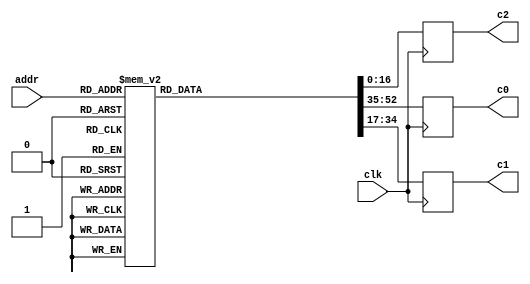
//------------------------------------------------------------------------------
//
// gng_coef.v
//
// This file is part of the Gaussian Noise Generator IP Core
//
// Description
//     Coefficients ROM table for polynomial interpolation.
//
//------------------------------------------------------------------------------
//
// Copyright (C) 2014, Guangxi Liu <guangxi.liu@opencores.org>
//
// This source file may be used and distributed without restriction provided
// that this copyright statement is not removed from the file and that any
// derivative work contains the original copyright notice and the associated
// disclaimer.
//
// This source file is free software; you can redistribute it and/or modify it
// under the terms of the GNU Lesser General Public License as published by
// the Free Software Foundation; either version 2.1 of the License,
// or (at your option) any later version.
//
// This source is distributed in the hope that it will be useful, but
// WITHOUT ANY WARRANTY; without even the implied warranty of MERCHANTABILITY
// or FITNESS FOR A PARTICULAR PURPOSE. See the GNU Lesser General Public
// License for more details.
//
// You should have received a copy of the GNU Lesser General Public License
// along with this source; if not, download it from
// http://www.opencores.org/lgpl.shtml
//
//------------------------------------------------------------------------------


`timescale 1 ns / 1 ps


module gng_coef (
    // System signals
    input clk,                    // system clock

    // Data interface
    input [7:0] addr,             // read address
    output reg [17:0] c0,         // coefficient c0, u<18,14>
    output reg [17:0] c1,         // coefficient c1, s<18,19>
    output reg [16:0] c2          // coefficient c2, u<17,23>
);

// Local variables
reg [52:0] d;    // {c0, c1, c2}


// Table
always @ (*) begin
    case (addr)
        8'd0  : d = 53'b000010101100101001_100110111110001110_10100011110000000;
        8'd1  : d = 53'b000001111101000111_101001011111011001_01011111011110011;
        8'd2  : d = 53'b000001010001100100_101010111101101110_00110010101000000;
        8'd3  : d = 53'b000000101000010001_101011101111111001_00001111111010011;
        8'd4  : d = 53'b000100100110011110_101100101100100010_10101101110011100;
        8'd5  : d = 53'b000100000010100011_101111010111110111_01110101000001100;
        8'd6  : d = 53'b000011100011000111_110001001011101011_01010011011010011;
        8'd7  : d = 53'b000011000110110001_110010011110011100_00111101101011001;
        8'd8  : d = 53'b000110001000101110_101111110110101010_10100011001000110;
        8'd9  : d = 53'b000101101010111101_110010010111100001_01101111010111011;
        8'd10 : d = 53'b000101010001011010_110100000101110001_01010000111111000;
        8'd11 : d = 53'b000100111010110110_110101010110001001_00111101100100011;
        8'd12 : d = 53'b000111011100110110_110001111001100101_10010111001100011;
        8'd13 : d = 53'b000111000010111111_110100001110101001_01100111010010101;
        8'd14 : d = 53'b000110101101000010_110101110100111010_01001011010000101;
        8'd15 : d = 53'b000110011001110111_110110111111100110_00111001011001010;
        8'd16 : d = 53'b001000100111011000_110011010110100101_10001100100110110;
        8'd17 : d = 53'b001000010000010000_110101100001001100_01011111111010010;
        8'd18 : d = 53'b000111111100110010_110111000000001000_01000101110011111;
        8'd19 : d = 53'b000111101011110111_111000000101011011_00110101001101001;
        8'd20 : d = 53'b001001101010111000_110100011100101111_10000011100100011;
        8'd21 : d = 53'b001001010101110100_110110011110011100_01011001100101001;
        8'd22 : d = 53'b001001000100001010_110111110111000110_01000001000110100;
        8'd23 : d = 53'b001000110100111000_111000110111101101_00110001100011100;
        8'd24 : d = 53'b001010101000111110_110101010011111110_01111011110111110;
        8'd25 : d = 53'b001010010101100000_110111001110000100_01010100001100011;
        8'd26 : d = 53'b001010000101010000_111000100001011001_00111101000110010;
        8'd27 : d = 53'b001001110111001111_111001011110000001_00101110011100100;
        8'd28 : d = 53'b001011100010101101_110110000000110101_01110101010001000;
        8'd29 : d = 53'b001011010000100011_110111110100011001_01001111100101010;
        8'd30 : d = 53'b001011000001011011_111001000011001010_00111001101011010;
        8'd31 : d = 53'b001010110100011010_111001111100011001_00101011110010110;
        8'd32 : d = 53'b001100011000111001_110110100110001001_01101111100010101;
        8'd33 : d = 53'b001100000111110011_111000010100000101_01001011100110010;
        8'd34 : d = 53'b001011111001100110_111001011110111001_00110110101110100;
        8'd35 : d = 53'b001011101101011011_111010010101001100_00101001100000110;
        8'd36 : d = 53'b001101001100000100_110111000101110100_01101010100010001;
        8'd37 : d = 53'b001100111011111001_111000101110110010_01001000000111110;
        8'd38 : d = 53'b001100101110011110_111001110110001010_00110100001010001;
        8'd39 : d = 53'b001100100010111110_111010101001111011_00100111100001111;
        8'd40 : d = 53'b001101111100101100_110111100001000101_01100110000110111;
        8'd41 : d = 53'b001101101101010011_111001000101101101_01000101000011110;
        8'd42 : d = 53'b001101100000100011_111010001010000011_00110001111001101;
        8'd43 : d = 53'b001101010101101000_111010111011100011_00100101110010101;
        8'd44 : d = 53'b001110101011000101_110111111000111001_01100010001010110;
        8'd45 : d = 53'b001110011100011000_111001011001101000_01000010010101101;
        8'd46 : d = 53'b001110010000001101_111010011011010001_00101111111001101;
        8'd47 : d = 53'b001110000101110011_111011001010110011_00100100010000001;
        8'd48 : d = 53'b001111010111100001_111000001101111010_01011110101000100;
        8'd49 : d = 53'b001111001001011011_111001101011001001_00111111111001110;
        8'd50 : d = 53'b001110111101110000_111010101010011000_00101110000111001;
        8'd51 : d = 53'b001110110011110011_111011011000001000_00100010111000010;
        8'd52 : d = 53'b010000000010001111_111000100000100111_01011011011100010;
        8'd53 : d = 53'b001111110100101011_111001111010101101_00111101101101001;
        8'd54 : d = 53'b001111101001011101_111010110111110001_00101100100000001;
        8'd55 : d = 53'b001111011111111001_111011100011111010_00100001101001010;
        8'd56 : d = 53'b010000101011011010_111000110001011010_01011000100010101;
        8'd57 : d = 53'b010000011110010100_111010001000101001_00111011101101101;
        8'd58 : d = 53'b010000010011100000_111011000011101110_00101011000010110;
        8'd59 : d = 53'b010000001010010010_111011101110011011_00100000100001110;
        8'd60 : d = 53'b010001010011001011_111001000000100110_01010101111001000;
        8'd61 : d = 53'b010001000110100001_111010010101001110_00111001111001011;
        8'd62 : d = 53'b010000111100000101_111011001110100000_00101001101101110;
        8'd63 : d = 53'b010000110011001011_111011110111111001_00011111100000110;
        8'd64 : d = 53'b010001111001101011_111001001110011010_01010011011101011;
        8'd65 : d = 53'b010001101101011010_111010100000101000_00111000001110110;
        8'd66 : d = 53'b010001100011010011_111011011000010001_00101000011111111;
        8'd67 : d = 53'b010001011010101100_111100000000011100_00011110100101010;
        8'd68 : d = 53'b010010011111000010_111001011011000010_01010001001101111;
        8'd69 : d = 53'b010010010011001000_111010101011000011_00110110101100101;
        8'd70 : d = 53'b010010001001010100_111011100001001011_00100111011000011;
        8'd71 : d = 53'b010010000000111110_111100001000001111_00011101101110101;
        8'd72 : d = 53'b010011000011010100_111001100110101010_01001111001001001;
        8'd73 : d = 53'b010010110111110000_111010110100101000_00110101010001111;
        8'd74 : d = 53'b010010101110001110_111011101001010101_00100110010110010;
        8'd75 : d = 53'b010010100110000111_111100001111011000_00011100111100001;
        8'd76 : d = 53'b010011100110101001_111001110001011000_01001101001101110;
        8'd77 : d = 53'b010011011011011000_111010111101011100_00110011111101110;
        8'd78 : d = 53'b010011010010000110_111011110000110110_00100101011000111;
        8'd79 : d = 53'b010011001010001101_111100010101111100_00011100001101100;
        8'd80 : d = 53'b010100001001000100_111001111011010100_01001011011010110;
        8'd81 : d = 53'b010011111110000101_111011000101100111_00110010101111010;
        8'd82 : d = 53'b010011110101000010_111011110111110011_00100100011111111;
        8'd83 : d = 53'b010011101101010110_111100011100000001_00011011100010000;
        8'd84 : d = 53'b010100101010101001_111010000100100011_01001001101111010;
        8'd85 : d = 53'b010100011111111011_111011001101001100_00110001100110000;
        8'd86 : d = 53'b010100010111000110_111011111110010000_00100011101010101;
        8'd87 : d = 53'b010100001111100110_111100100001101001_00011010111001100;
        8'd88 : d = 53'b010101001011011100_111010001101001011_01001000001010100;
        8'd89 : d = 53'b010101000000111110_111011010100010000_00110000100001100;
        8'd90 : d = 53'b010100111000010110_111100000100010001_00100010111000110;
        8'd91 : d = 53'b010100110001000001_111100100110111000_00011010010011100;
        8'd92 : d = 53'b010101101011100000_111010010101001111_01000110101011110;
        8'd93 : d = 53'b010101100001010001_111011011010111000_00101111100001000;
        8'd94 : d = 53'b010101011000110110_111100001001111000_00100010001010000;
        8'd95 : d = 53'b010101010001101011_111100101011110001_00011001110000000;
        8'd96 : d = 53'b010110001010111001_111010011100110100_01000101010010101;
        8'd97 : d = 53'b010110000000110111_111011100001000100_00101110100100011;
        8'd98 : d = 53'b010101111000101000_111100001111001001_00100001011110000;
        8'd99 : d = 53'b010101110001100111_111100110000010110_00011001001110100;
        8'd100: d = 53'b010110101001101001_111010100011111100_01000011111110011;
        8'd101: d = 53'b010110011111110100_111011100110111001_00101101101011001;
        8'd102: d = 53'b010110010111101111_111100010100000101_00100000110100100;
        8'd103: d = 53'b010110010000111000_111100110100101001_00011000101111000;
        8'd104: d = 53'b010111000111110010_111010101010101010_01000010101110101;
        8'd105: d = 53'b010110111110001010_111011101100011001_00101100110101000;
        8'd106: d = 53'b010110110110001111_111100011000101111_00100000001101010;
        8'd107: d = 53'b010110101111100000_111100111000101100_00011000010001010;
        8'd108: d = 53'b010111100101010111_111010110001000000_01000001100011001;
        8'd109: d = 53'b010111011011111010_111011110001100101_00101100000001110;
        8'd110: d = 53'b010111010100001000_111100011101001000_00011111101000001;
        8'd111: d = 53'b010111001101100010_111100111100100000_00010111110101000;
        8'd112: d = 53'b011000000010011001_111010110111000001_01000000011011011;
        8'd113: d = 53'b010111111001000111_111011110110011111_00101011010001001;
        8'd114: d = 53'b010111110001011110_111100100001010011_00011111000100111;
        8'd115: d = 53'b010111101011000000_111101000000000111_00010111011010010;
        8'd116: d = 53'b011000011110111010_111010111100101110_00111111010111001;
        8'd117: d = 53'b011000010101110010_111011111011001001_00101010100010111;
        8'd118: d = 53'b011000001110010011_111100100101001111_00011110100011011;
        8'd119: d = 53'b011000000111111011_111101000011100010_00010111000000111;
        8'd120: d = 53'b011000111010111100_111011000010001010_00111110010110001;
        8'd121: d = 53'b011000110001111110_111011111111100100_00101001110110111;
        8'd122: d = 53'b011000101010100111_111100101000111110_00011110000011100;
        8'd123: d = 53'b011000100100010110_111101000110110010_00010110101000110;
        8'd124: d = 53'b011001010110100001_111011000111010100_00111101011000001;
        8'd125: d = 53'b011001001101101100_111100000011110001_00101001001100110;
        8'd126: d = 53'b011001000110011100_111100101100100010_00011101100101001;
        8'd127: d = 53'b011001000000010011_111101001001111000_00010110010001110;
        8'd128: d = 53'b011001110001101001_111011001100001111_00111100011100111;
        8'd129: d = 53'b011001101000111101_111100000111110010_00101000100100101;
        8'd130: d = 53'b011001100001110101_111100101111111011_00011101001000001;
        8'd131: d = 53'b011001011011110010_111101001100110100_00010101111011110;
        8'd132: d = 53'b011010001100010110_111011010000111100_00111011100100001;
        8'd133: d = 53'b011010000011110011_111100001011100111_00100111111110010;
        8'd134: d = 53'b011001111100110010_111100110011001001_00011100101100011;
        8'd135: d = 53'b011001110110110101_111101001111100111_00010101100110101;
        8'd136: d = 53'b011010100110101010_111011010101011011_00111010101101111;
        8'd137: d = 53'b011010011110001111_111100001111010001_00100111011001101;
        8'd138: d = 53'b011010010111010101_111100110110001111_00011100010001111;
        8'd139: d = 53'b011010010001011101_111101010010010010_00010101010010101;
        8'd140: d = 53'b011011000000100101_111011011001101110_00111001111001110;
        8'd141: d = 53'b011010111000010010_111100010010110001_00100110110110011;
        8'd142: d = 53'b011010110001011110_111100111001001100_00011011111000011;
        8'd143: d = 53'b011010101011101100_111101010100110110_00010100111111010;
        8'd144: d = 53'b011011011010001001_111011011101110110_00111001000111110;
        8'd145: d = 53'b011011010001111101_111100010110000111_00100110010100100;
        8'd146: d = 53'b011011001011001111_111100111100000001_00011011100000000;
        8'd147: d = 53'b011011000101100010_111101010111010011_00010100101100111;
        8'd148: d = 53'b011011110011010110_111011100001110011_00111000010111101;
        8'd149: d = 53'b011011101011010001_111100011001010101_00100101110100000;
        8'd150: d = 53'b011011100100101001_111100111110101111_00011011001000100;
        8'd151: d = 53'b011011011111000010_111101011001101010_00010100011011000;
        8'd152: d = 53'b011100001100001101_111011100101100111_00110111101001100;
        8'd153: d = 53'b011100000100001111_111100011100011011_00100101010100110;
        8'd154: d = 53'b011011111101101101_111101000001010110_00011010110001111;
        8'd155: d = 53'b011011111000001010_111101011011111010_00010100001010000;
        8'd156: d = 53'b011100100100110000_111011101001010001_00110110111100111;
        8'd157: d = 53'b011100011100111000_111100011111011001_00100100110110110;
        8'd158: d = 53'b011100010110011100_111101000011110110_00011010011100010;
        8'd159: d = 53'b011100010000111110_111101011110000101_00010011111001101;
        8'd160: d = 53'b011100111100111110_111011101100110010_00110110010010000;
        8'd161: d = 53'b011100110101001101_111100100010001111_00100100011001110;
        8'd162: d = 53'b011100101110110110_111101000110010000_00011010000111010;
        8'd163: d = 53'b011100101001011100_111101100000001010_00010011101001110;
        8'd164: d = 53'b011101010100111001_111011110000001011_00110101101000101;
        8'd165: d = 53'b011101001101001110_111100100101000000_00100011111101110;
        8'd166: d = 53'b011101000110111100_111101001000100101_00011001110011001;
        8'd167: d = 53'b011101000001100111_111101100010001010_00010011011010100;
        8'd168: d = 53'b011101101100100001_111011110011011100_00110101000000101;
        8'd169: d = 53'b011101100100111101_111100100111101001_00100011100010111;
        8'd170: d = 53'b011101011110101111_111101001010110100_00011001011111101;
        8'd171: d = 53'b011101011001011110_111101100100000110_00010011001011110;
        8'd172: d = 53'b011110000011111000_111011110110100110_00110100011010000;
        8'd173: d = 53'b011101111100011001_111100101010001101_00100011001000110;
        8'd174: d = 53'b011101110110010000_111101001100111110_00011001001100111;
        8'd175: d = 53'b011101110001000011_111101100101111110_00010010111101101;
        8'd176: d = 53'b011110011010111101_111011111001101001_00110011110100110;
        8'd177: d = 53'b011110010011100100_111100101100101011_00100010101111100;
        8'd178: d = 53'b011110001101011111_111101001111000011_00011000111010110;
        8'd179: d = 53'b011110001000010110_111101100111110001_00010010101111111;
        8'd180: d = 53'b011110110001110001_111011111100100101_00110011010000101;
        8'd181: d = 53'b011110101010011101_111100101111000100_00100010010111001;
        8'd182: d = 53'b011110100100011101_111101010001000100_00011000101001001;
        8'd183: d = 53'b011110011111011000_111101101001100000_00010010100010100;
        8'd184: d = 53'b011111001000010110_111011111111011011_00110010101101101;
        8'd185: d = 53'b011111000001000111_111100110001011000_00100001111111101;
        8'd186: d = 53'b011110111011001011_111101010011000000_00011000011000001;
        8'd187: d = 53'b011110110110001001_111101101011001100_00010010010101110;
        8'd188: d = 53'b011111011110101010_111100000010001100_00110010001011110;
        8'd189: d = 53'b011111010111100000_111100110011100111_00100001101000110;
        8'd190: d = 53'b011111010001101001_111101010100111001_00011000000111101;
        8'd191: d = 53'b011111001100101010_111101101100110100_00010010001001010;
        8'd192: d = 53'b011111110100101111_111100000100110111_00110001101011000;
        8'd193: d = 53'b011111101101101010_111100110101110010_00100001010010101;
        8'd194: d = 53'b011111100111110111_111101010110101101_00010111110111110;
        8'd195: d = 53'b011111100010111100_111101101110011001_00010001111101010;
        8'd196: d = 53'b100000001010100110_111100000111011101_00110001001011010;
        8'd197: d = 53'b100000000011100101_111100110111111000_00100000111101010;
        8'd198: d = 53'b011111111101110110_111101011000011110_00010111101000010;
        8'd199: d = 53'b011111111000111110_111101101111111010_00010001110001100;
        8'd200: d = 53'b100000100000001110_111100001001111101_00110000101100101;
        8'd201: d = 53'b100000011001010010_111100111001111010_00100000101000100;
        8'd202: d = 53'b100000010011100110_111101011010001100_00010111011001011;
        8'd203: d = 53'b100000001110110010_111101110001011001_00010001100110010;
        8'd204: d = 53'b100000110101101001_111100001100011001_00110000001111001;
        8'd205: d = 53'b100000101110110001_111100111011111000_00100000010100101;
        8'd206: d = 53'b100000101001001001_111101011011110110_00010111001011000;
        8'd207: d = 53'b100000100100011000_111101110010110101_00010001011011011;
        8'd208: d = 53'b100001001010110110_111100001110110000_00101111110011010;
        8'd209: d = 53'b100001000100000010_111100111101110011_00100000000001101;
        8'd210: d = 53'b100000111110011110_111101011101011101_00010110111101010;
        8'd211: d = 53'b100000111001101111_111101110100001110_00010001010001000;
        8'd212: d = 53'b100001011111110110_111100010001000010_00101111011001100;
        8'd213: d = 53'b100001011001000111_111100111111101001_00011111101111111;
        8'd214: d = 53'b100001010011100101_111101011111000001_00010110110000010;
        8'd215: d = 53'b100001001110111010_111101110101100100_00010001000111001;
        8'd216: d = 53'b100001110100101001_111100010011001110_00101111000011000;
        8'd217: d = 53'b100001101101111110_111101000001011100_00011111100000001;
        8'd218: d = 53'b100001101000100000_111101100000100010_00010110100100101;
        8'd219: d = 53'b100001100011110111_111101110110111000_00010000111110001;
        8'd220: d = 53'b100010001001010000_111100010101010100_00101110110010010;
        8'd221: d = 53'b100010000010101001_111101000011001010_00011111010011101;
        8'd222: d = 53'b100001111101001110_111101100001111111_00010110011011000;
        8'd223: d = 53'b100001111000101000_111101111000001001_00010000110110100;
        8'd224: d = 53'b100010011101101011_111100010111010010_00101110101100100;
        8'd225: d = 53'b100010010111000111_111101000100110010_00011111001101001;
        8'd226: d = 53'b100010010001110000_111101100011011000_00010110010101000;
        8'd227: d = 53'b100010001101001101_111101111001010110_00010000110001010;
        8'd228: d = 53'b100010110001111010_111100011001000101_00101110111011101;
        8'd229: d = 53'b100010101011011010_111101000110010011_00011111010010001;
        8'd230: d = 53'b100010100110000110_111101100100101100_00010110010110000;
        8'd231: d = 53'b100010100001100101_111101111010100000_00010000110000101;
        8'd232: d = 53'b100011000101111110_111100011010100111_00101111110100001;
        8'd233: d = 53'b100010111111100010_111101000111101011_00011111101101110;
        8'd234: d = 53'b100010111010010000_111101100101111001_00010110100100111;
        8'd235: d = 53'b100010110101110010_111101111011100101_00010000111001000;
        8'd236: d = 53'b100011011001110111_111100101000100000_00000000000000000;
        8'd237: d = 53'b100011010011011110_111101010001001010_00000000000000000;
        8'd238: d = 53'b100011001110010000_111101101100110110_00000000000000000;
        8'd239: d = 53'b100011001001110100_111110000000111011_00000000000000000;
        8'd240: d = 53'b100011101101100101_000000000000000000_00000000000000000;
        8'd241: d = 53'b100011100111010000_000000000000000000_00000000000000000;
        8'd242: d = 53'b100011100010000100_000000000000000000_00000000000000000;
        8'd243: d = 53'b100011011101101011_000000000000000000_00000000000000000;
        8'd244: d = 53'b100100100111110000_000000000000000000_00000000000000000;
        8'd245: d = 53'b100100010100100001_000000000000000000_00000000000000000;
        8'd246: d = 53'b100100000001001000_000000000000000000_00000000000000000;
        8'd247: d = 53'b100011110101101101_000000000000000000_00000000000000000;
        default: d = 53'd0;
    endcase
end


// Output data
always @ (posedge clk) begin
    c0 <= d[52:35];
    c1 <= d[34:17];
    c2 <= d[16:0];
end


endmodule